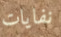
نفايات